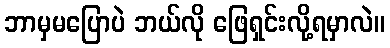
ဘာမှမပြောပဲ ဘယ်လို ဖြေရှင်းလို့ရမှာလဲ။